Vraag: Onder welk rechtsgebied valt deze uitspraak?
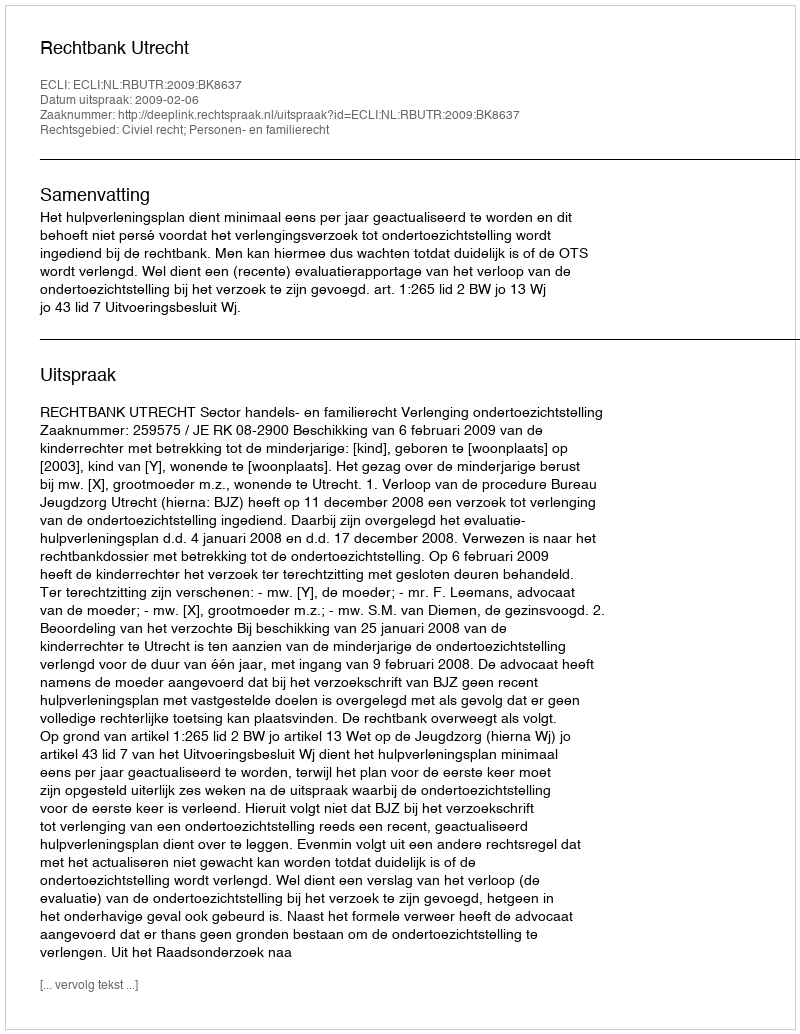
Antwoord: Civiel recht; Personen- en familierecht